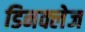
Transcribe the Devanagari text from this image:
डिनक्लेज